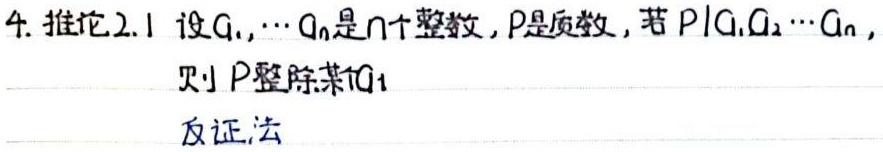
4. 推论2.1 设$a_1,\cdots,a_n$是$n$个整数，$p$是质数，若$p\mid a_1a_2\cdots a_n$，则$p$整除某个$a_i$

反证法